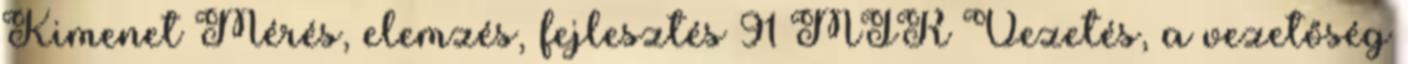
Kimenet Mérés, elemzés, fejlesztés 91 MIR Vezetés, a vezetőség